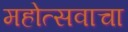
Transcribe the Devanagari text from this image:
महोत्सवाचा